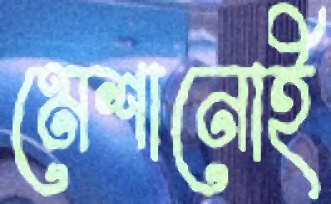
মেশানোই